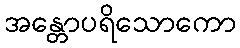
အန္တောပရိသောကော